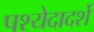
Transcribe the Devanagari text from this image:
पश्येदादर्शे